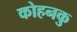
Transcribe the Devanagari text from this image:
कोहनकु